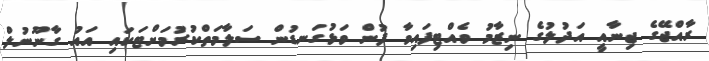
ރާއްޖޭގެ ޖިނާއީ އަދުލުގެ ނިޒާމު ވެއްޓިފައިވާ ފުން ވަޅުގަނޑުން ސަލާމަތްކުރުމަށްޓަކައި އައު ގާނޫނުލް